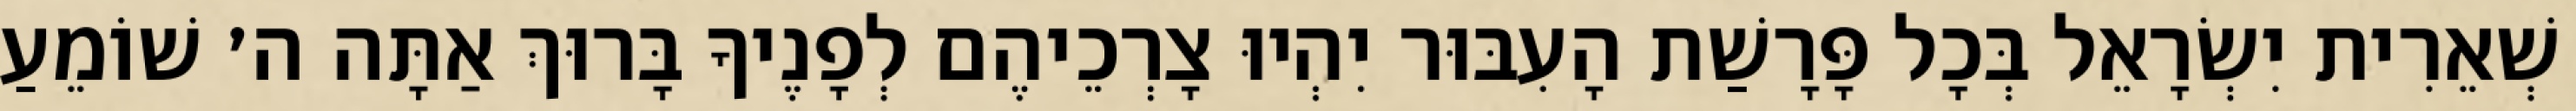
שְׁאֵרִית יִשְׂרָאֵל בְּכָל פָּרָשַׁת הָעִבּוּר יִהְיוּ צָרְכֵיהֶם לְפָנֶיךָ בָּרוּךְ אַתָּה ה׳ שׁוֹמֵעַ